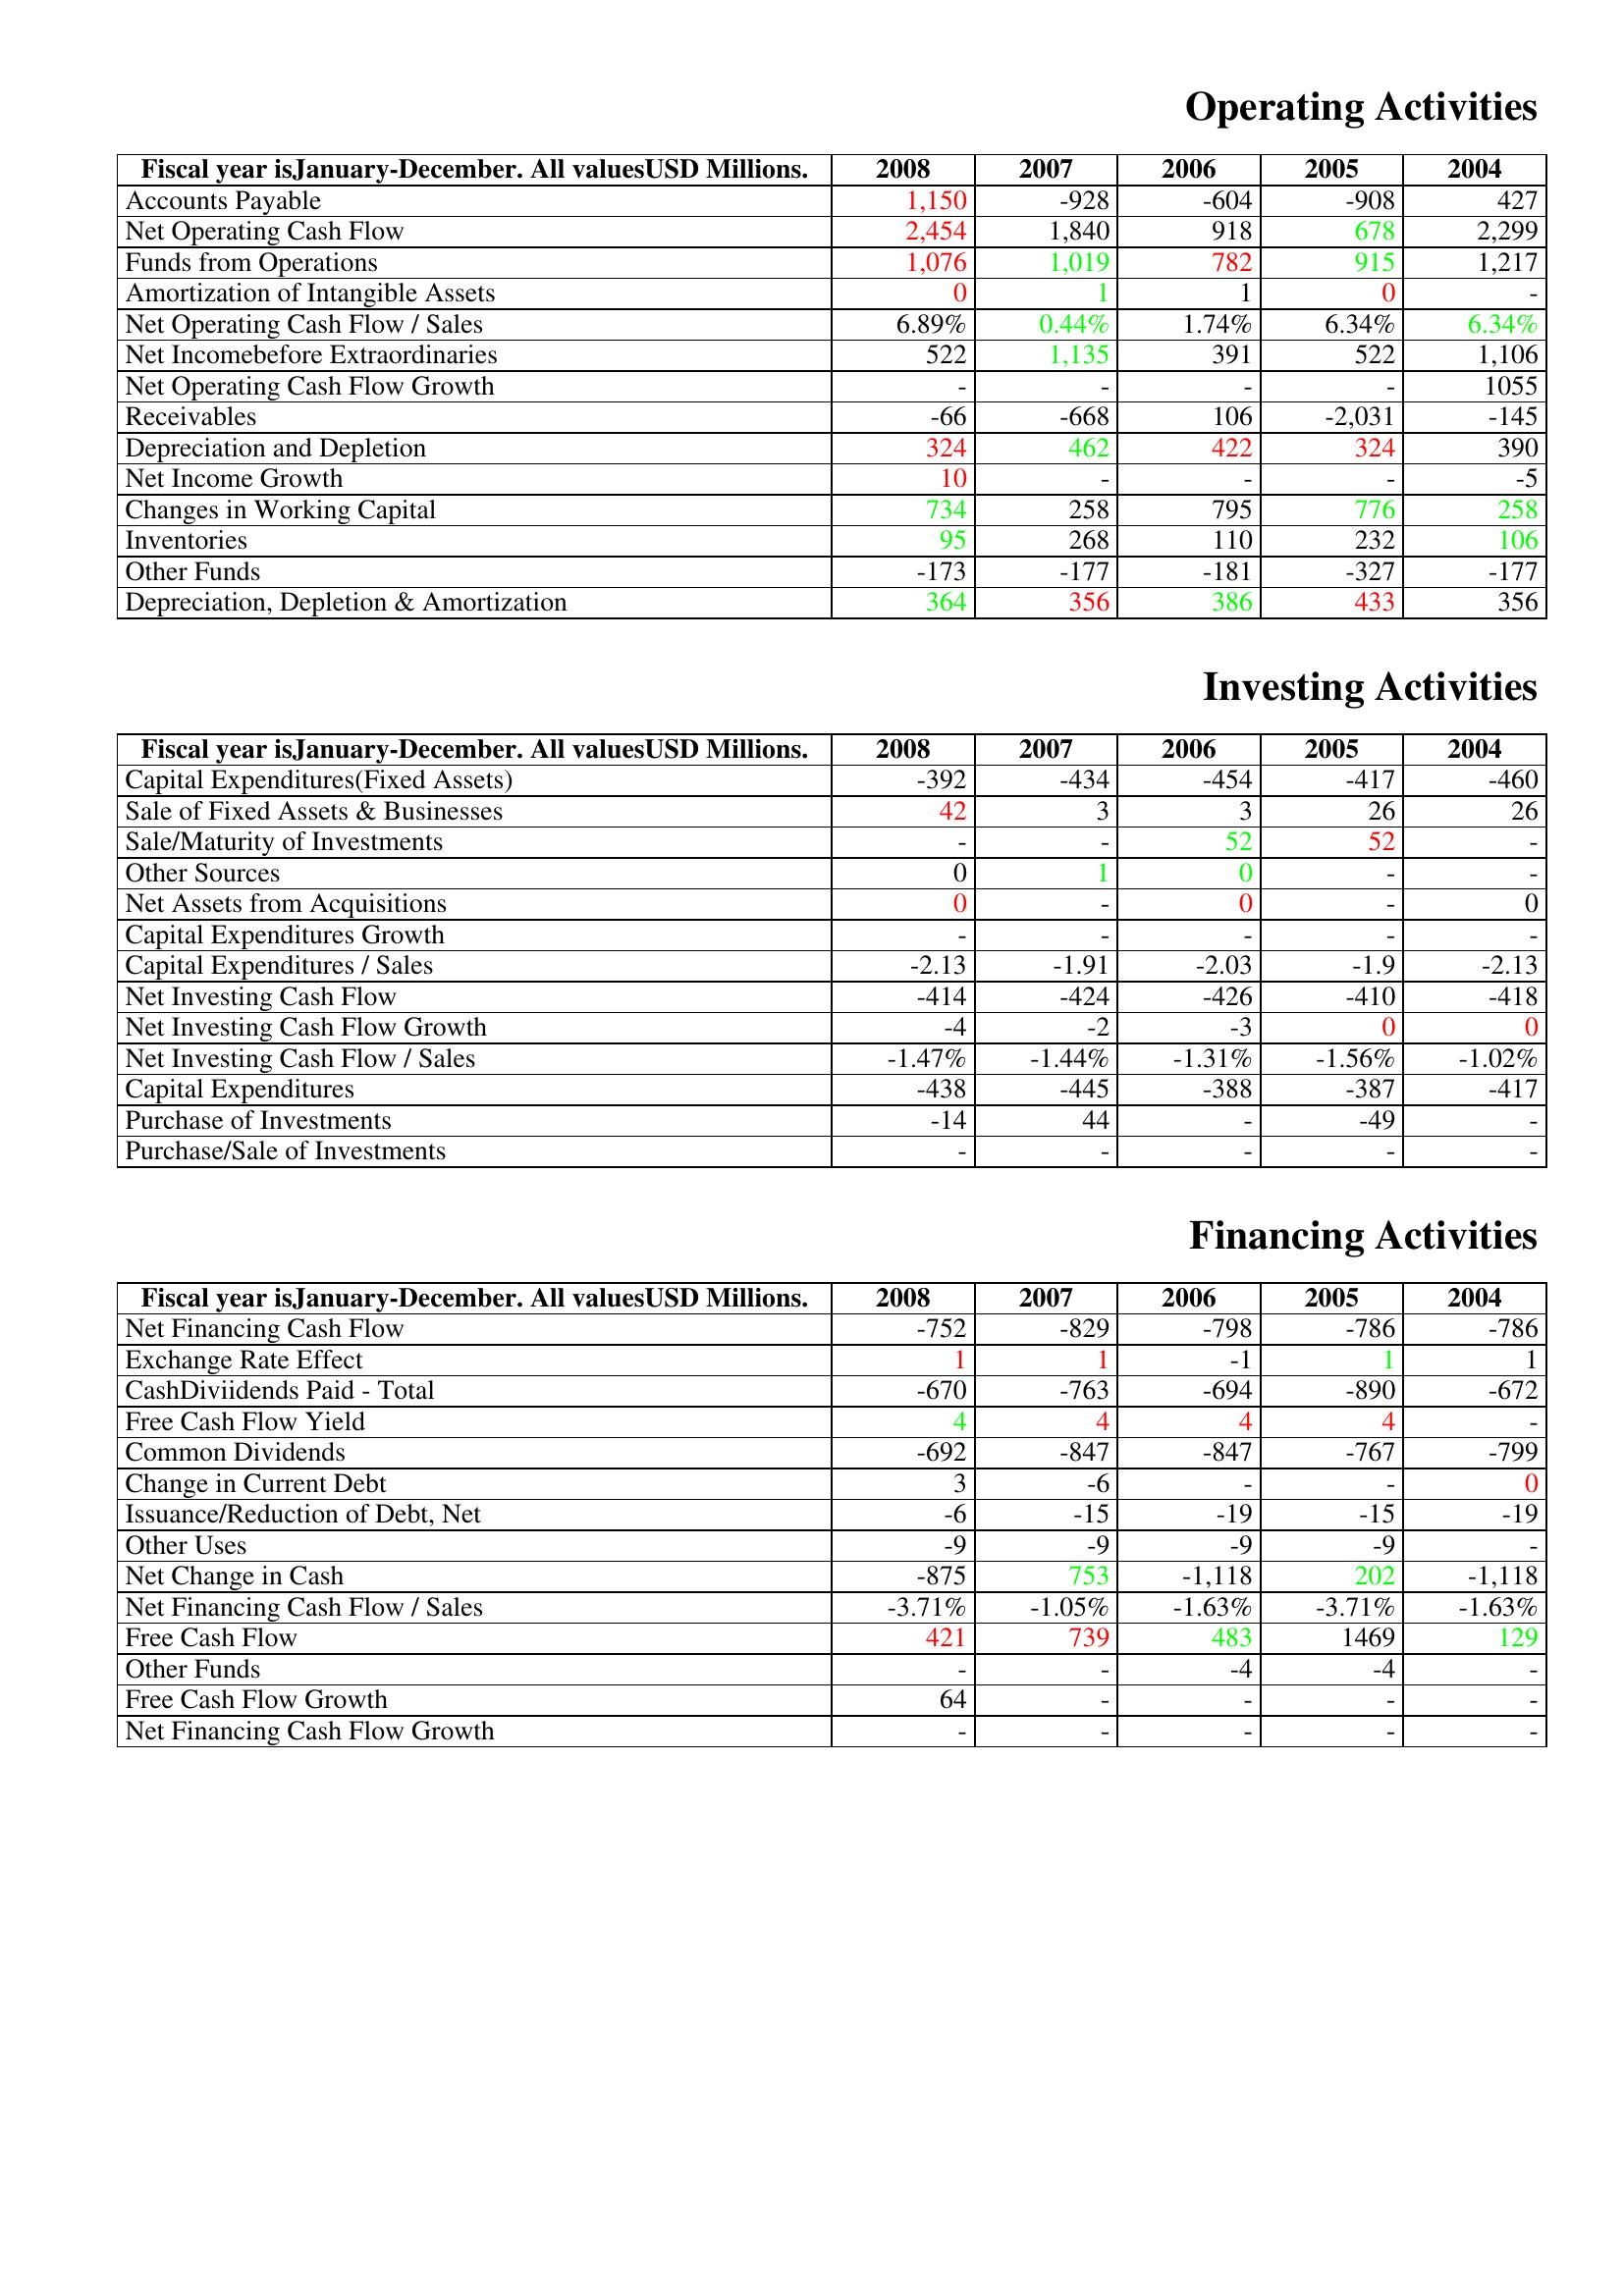
gt_parse: 2008: Operating Activities: Accounts Payable: 1,150
Net Operating Cash Flow: 2,454
Funds from Operations: 1,076
Amortization of Intangible Assets: 0
Net Operating Cash Flow / Sales: 6.89%
Net Incomebefore Extraordinaries: 522
Net Operating Cash Flow Growth: -
Receivables: -66
Depreciation and Depletion: 324
Net Income Growth: 10
Changes in Working Capital: 734
Inventories: 95
Other Funds: -173
Depreciation, Depletion & Amortization: 364
Investing Activities: Capital Expenditures(Fixed Assets): -392
Sale of Fixed Assets & Businesses: 42
Sale/Maturity of Investments: -
Other Sources: 0
Net Assets from Acquisitions: 0
Capital Expenditures Growth: -
Capital Expenditures / Sales: -2.13
Net Investing Cash Flow: -414
Net Investing Cash Flow Growth: -4
Net Investing Cash Flow / Sales: -1.47%
Capital Expenditures: -438
Purchase of Investments: -14
Purchase/Sale of Investments: -
Financing Activities: Net Financing Cash Flow: -752
Exchange Rate Effect: 1
CashDiviidends Paid - Total: -670
Free Cash Flow Yield: 4
Common Dividends: -692
Change in Current Debt: 3
Issuance/Reduction of Debt, Net: -6
Other Uses: -9
Net Change in Cash: -875
Net Financing Cash Flow / Sales: -3.71%
Free Cash Flow: 421
Other Funds: -
Free Cash Flow Growth: 64
Net Financing Cash Flow Growth: -
2007: Operating Activities: Accounts Payable: -928
Net Operating Cash Flow: 1,840
Funds from Operations: 1,019
Amortization of Intangible Assets: 1
Net Operating Cash Flow / Sales: 0.44%
Net Incomebefore Extraordinaries: 1,135
Net Operating Cash Flow Growth: -
Receivables: -668
Depreciation and Depletion: 462
Net Income Growth: -
Changes in Working Capital: 258
Inventories: 268
Other Funds: -177
Depreciation, Depletion & Amortization: 356
Investing Activities: Capital Expenditures(Fixed Assets): -434
Sale of Fixed Assets & Businesses: 3
Sale/Maturity of Investments: -
Other Sources: 1
Net Assets from Acquisitions: -
Capital Expenditures Growth: -
Capital Expenditures / Sales: -1.91
Net Investing Cash Flow: -424
Net Investing Cash Flow Growth: -2
Net Investing Cash Flow / Sales: -1.44%
Capital Expenditures: -445
Purchase of Investments: 44
Purchase/Sale of Investments: -
Financing Activities: Net Financing Cash Flow: -829
Exchange Rate Effect: 1
CashDiviidends Paid - Total: -763
Free Cash Flow Yield: 4
Common Dividends: -847
Change in Current Debt: -6
Issuance/Reduction of Debt, Net: -15
Other Uses: -9
Net Change in Cash: 753
Net Financing Cash Flow / Sales: -1.05%
Free Cash Flow: 739
Other Funds: -
Free Cash Flow Growth: -
Net Financing Cash Flow Growth: -
2006: Operating Activities: Accounts Payable: -604
Net Operating Cash Flow: 918
Funds from Operations: 782
Amortization of Intangible Assets: 1
Net Operating Cash Flow / Sales: 1.74%
Net Incomebefore Extraordinaries: 391
Net Operating Cash Flow Growth: -
Receivables: 106
Depreciation and Depletion: 422
Net Income Growth: -
Changes in Working Capital: 795
Inventories: 110
Other Funds: -181
Depreciation, Depletion & Amortization: 386
Investing Activities: Capital Expenditures(Fixed Assets): -454
Sale of Fixed Assets & Businesses: 3
Sale/Maturity of Investments: 52
Other Sources: 0
Net Assets from Acquisitions: 0
Capital Expenditures Growth: -
Capital Expenditures / Sales: -2.03
Net Investing Cash Flow: -426
Net Investing Cash Flow Growth: -3
Net Investing Cash Flow / Sales: -1.31%
Capital Expenditures: -388
Purchase of Investments: -
Purchase/Sale of Investments: -
Financing Activities: Net Financing Cash Flow: -798
Exchange Rate Effect: -1
CashDiviidends Paid - Total: -694
Free Cash Flow Yield: 4
Common Dividends: -847
Change in Current Debt: -
Issuance/Reduction of Debt, Net: -19
Other Uses: -9
Net Change in Cash: -1,118
Net Financing Cash Flow / Sales: -1.63%
Free Cash Flow: 483
Other Funds: -4
Free Cash Flow Growth: -
Net Financing Cash Flow Growth: -
2005: Operating Activities: Accounts Payable: -908
Net Operating Cash Flow: 678
Funds from Operations: 915
Amortization of Intangible Assets: 0
Net Operating Cash Flow / Sales: 6.34%
Net Incomebefore Extraordinaries: 522
Net Operating Cash Flow Growth: -
Receivables: -2,031
Depreciation and Depletion: 324
Net Income Growth: -
Changes in Working Capital: 776
Inventories: 232
Other Funds: -327
Depreciation, Depletion & Amortization: 433
Investing Activities: Capital Expenditures(Fixed Assets): -417
Sale of Fixed Assets & Businesses: 26
Sale/Maturity of Investments: 52
Other Sources: -
Net Assets from Acquisitions: -
Capital Expenditures Growth: -
Capital Expenditures / Sales: -1.9
Net Investing Cash Flow: -410
Net Investing Cash Flow Growth: 0
Net Investing Cash Flow / Sales: -1.56%
Capital Expenditures: -387
Purchase of Investments: -49
Purchase/Sale of Investments: -
Financing Activities: Net Financing Cash Flow: -786
Exchange Rate Effect: 1
CashDiviidends Paid - Total: -890
Free Cash Flow Yield: 4
Common Dividends: -767
Change in Current Debt: -
Issuance/Reduction of Debt, Net: -15
Other Uses: -9
Net Change in Cash: 202
Net Financing Cash Flow / Sales: -3.71%
Free Cash Flow: 1469
Other Funds: -4
Free Cash Flow Growth: -
Net Financing Cash Flow Growth: -
2004: Operating Activities: Accounts Payable: 427
Net Operating Cash Flow: 2,299
Funds from Operations: 1,217
Amortization of Intangible Assets: -
Net Operating Cash Flow / Sales: 6.34%
Net Incomebefore Extraordinaries: 1,106
Net Operating Cash Flow Growth: 1055
Receivables: -145
Depreciation and Depletion: 390
Net Income Growth: -5
Changes in Working Capital: 258
Inventories: 106
Other Funds: -177
Depreciation, Depletion & Amortization: 356
Investing Activities: Capital Expenditures(Fixed Assets): -460
Sale of Fixed Assets & Businesses: 26
Sale/Maturity of Investments: -
Other Sources: -
Net Assets from Acquisitions: 0
Capital Expenditures Growth: -
Capital Expenditures / Sales: -2.13
Net Investing Cash Flow: -418
Net Investing Cash Flow Growth: 0
Net Investing Cash Flow / Sales: -1.02%
Capital Expenditures: -417
Purchase of Investments: -
Purchase/Sale of Investments: -
Financing Activities: Net Financing Cash Flow: -786
Exchange Rate Effect: 1
CashDiviidends Paid - Total: -672
Free Cash Flow Yield: -
Common Dividends: -799
Change in Current Debt: 0
Issuance/Reduction of Debt, Net: -19
Other Uses: -
Net Change in Cash: -1,118
Net Financing Cash Flow / Sales: -1.63%
Free Cash Flow: 129
Other Funds: -
Free Cash Flow Growth: -
Net Financing Cash Flow Growth: -